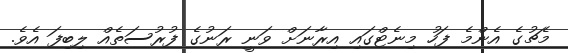
މެޗުގެ އެންމެ ފަހު މިނެޓްގައި އިރާނަށް ވަނީ ރަނުގެ ފުރުސަތެއް ލިބިފަ އެވެ.